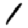
Digit: 1